Physiological action of certain drugs in tablet form - Number 52A
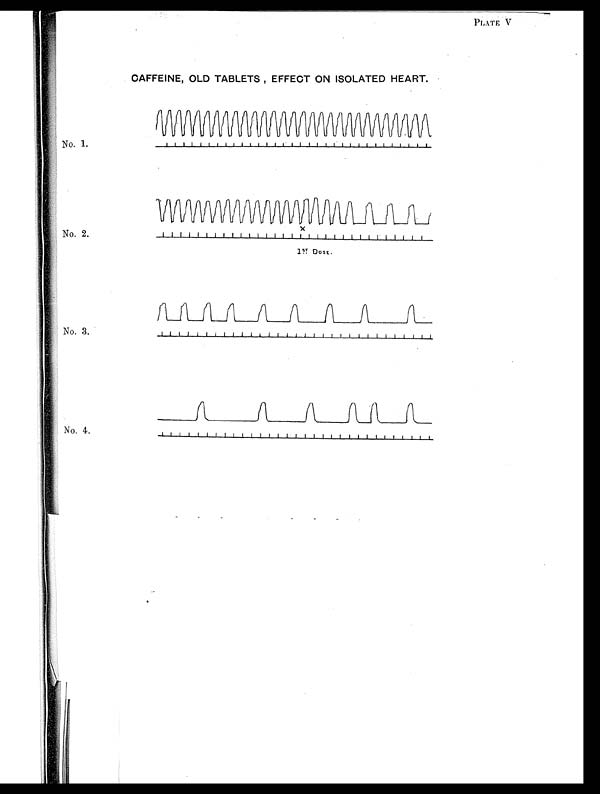
PLATE V
CAFFEINE, OLD TABLETS , EFFECT ON ISOLATED HEART.
No. 1.
No. 2.
No. 3.
No. 4.